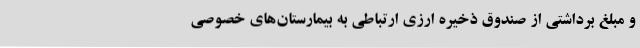
و مبلغ برداشتی از صندوق ذخیره ارزی ارتباطی به بیمارستان‌های خصوصی